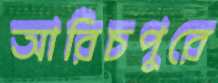
আরিচপুরে